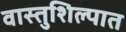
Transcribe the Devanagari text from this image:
वास्तुशिल्पात